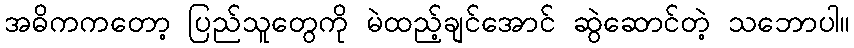
အဓိကကတော့ ပြည်သူတွေကို မဲထည့်ချင်အောင် ဆွဲဆောင်တဲ့ သဘောပါ။